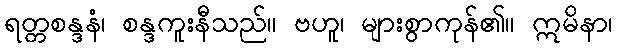
ရတ္တစန္ဒနံ၊ စန္ဒကူးနီသည်။ ဗဟူ၊ များစွာကုန်၏။ ဣမိနာ၊